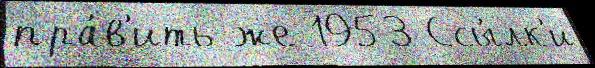
пра́в'ить же 1953 Ссы́лк'и